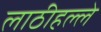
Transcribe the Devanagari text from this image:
लाठीहल्ले